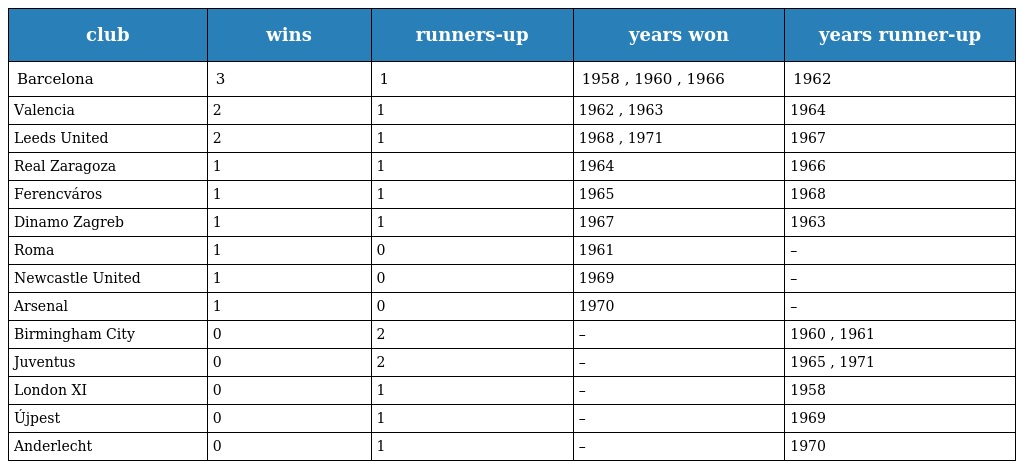
| club | wins | runners-up | years won | years runner-up |
 | --- | --- | --- | --- | --- |
 | Barcelona | 3 | 1 | 1958 , 1960 , 1966 | 1962 |
 | Valencia | 2 | 1 | 1962 , 1963 | 1964 |
 | Leeds United | 2 | 1 | 1968 , 1971 | 1967 |
 | Real Zaragoza | 1 | 1 | 1964 | 1966 |
 | Ferencváros | 1 | 1 | 1965 | 1968 |
 | Dinamo Zagreb | 1 | 1 | 1967 | 1963 |
 | Roma | 1 | 0 | 1961 | – |
 | Newcastle United | 1 | 0 | 1969 | – |
 | Arsenal | 1 | 0 | 1970 | – |
 | Birmingham City | 0 | 2 | – | 1960 , 1961 |
 | Juventus | 0 | 2 | – | 1965 , 1971 |
 | London XI | 0 | 1 | – | 1958 |
 | Újpest | 0 | 1 | – | 1969 |
 | Anderlecht | 0 | 1 | – | 1970 |